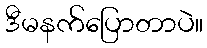
ဒီမနက်ပြောတာပဲ။